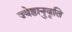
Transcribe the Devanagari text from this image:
ज्येष्ठानुवृति